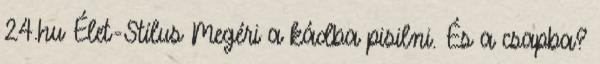
24.hu Élet-Stílus Megéri a kádba pisilni. És a csapba?